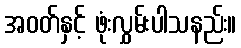
အဝတ်နှင့် ဖုံးလွှမ်းပါသနည်း။